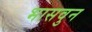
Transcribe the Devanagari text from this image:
भासवुन